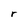
Character: r